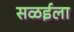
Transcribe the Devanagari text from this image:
सळईला